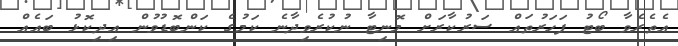
އެތެރެވާ ބޯޓު ފަހަރުތައް ސަރުކާރަށް މޮނިޓާ ނުކުރެވިދާާނެ ކަމުގެ ކަންބޮޑުވުން އިދިކޮޅު ބައެއް